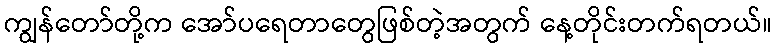
ကျွန်တော်တို့က အော်ပရေတာတွေဖြစ်တဲ့အတွက် နေ့တိုင်းတက်ရတယ်။